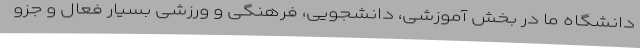
دانشگاه ما در بخش آموزشی، دانشجویی، فرهنگی و ورزشی بسیار فعال و جزو